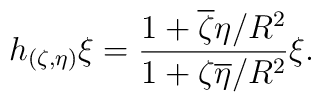
h_{(\zeta,\eta)}\xi=\frac{1+ \overline\zeta \eta /R^2}{1+\zeta\overline\eta/R^2}\xi.